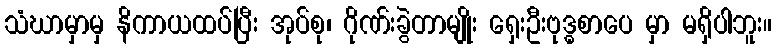
သံဃာမှာမှ နိကာယထပ်ပြီး အုပ်စု၊ ဂိုဏ်းခွဲတာမျိုး ရှေးဦးဗုဒ္ဓစာပေ မှာ မရှိပါဘူး။